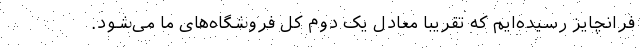
فرانچایز رسیده­ایم که تقریبا معادل یک دوم کل فروشگاه‌های ما می‌شود.